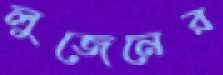
লুজেনের